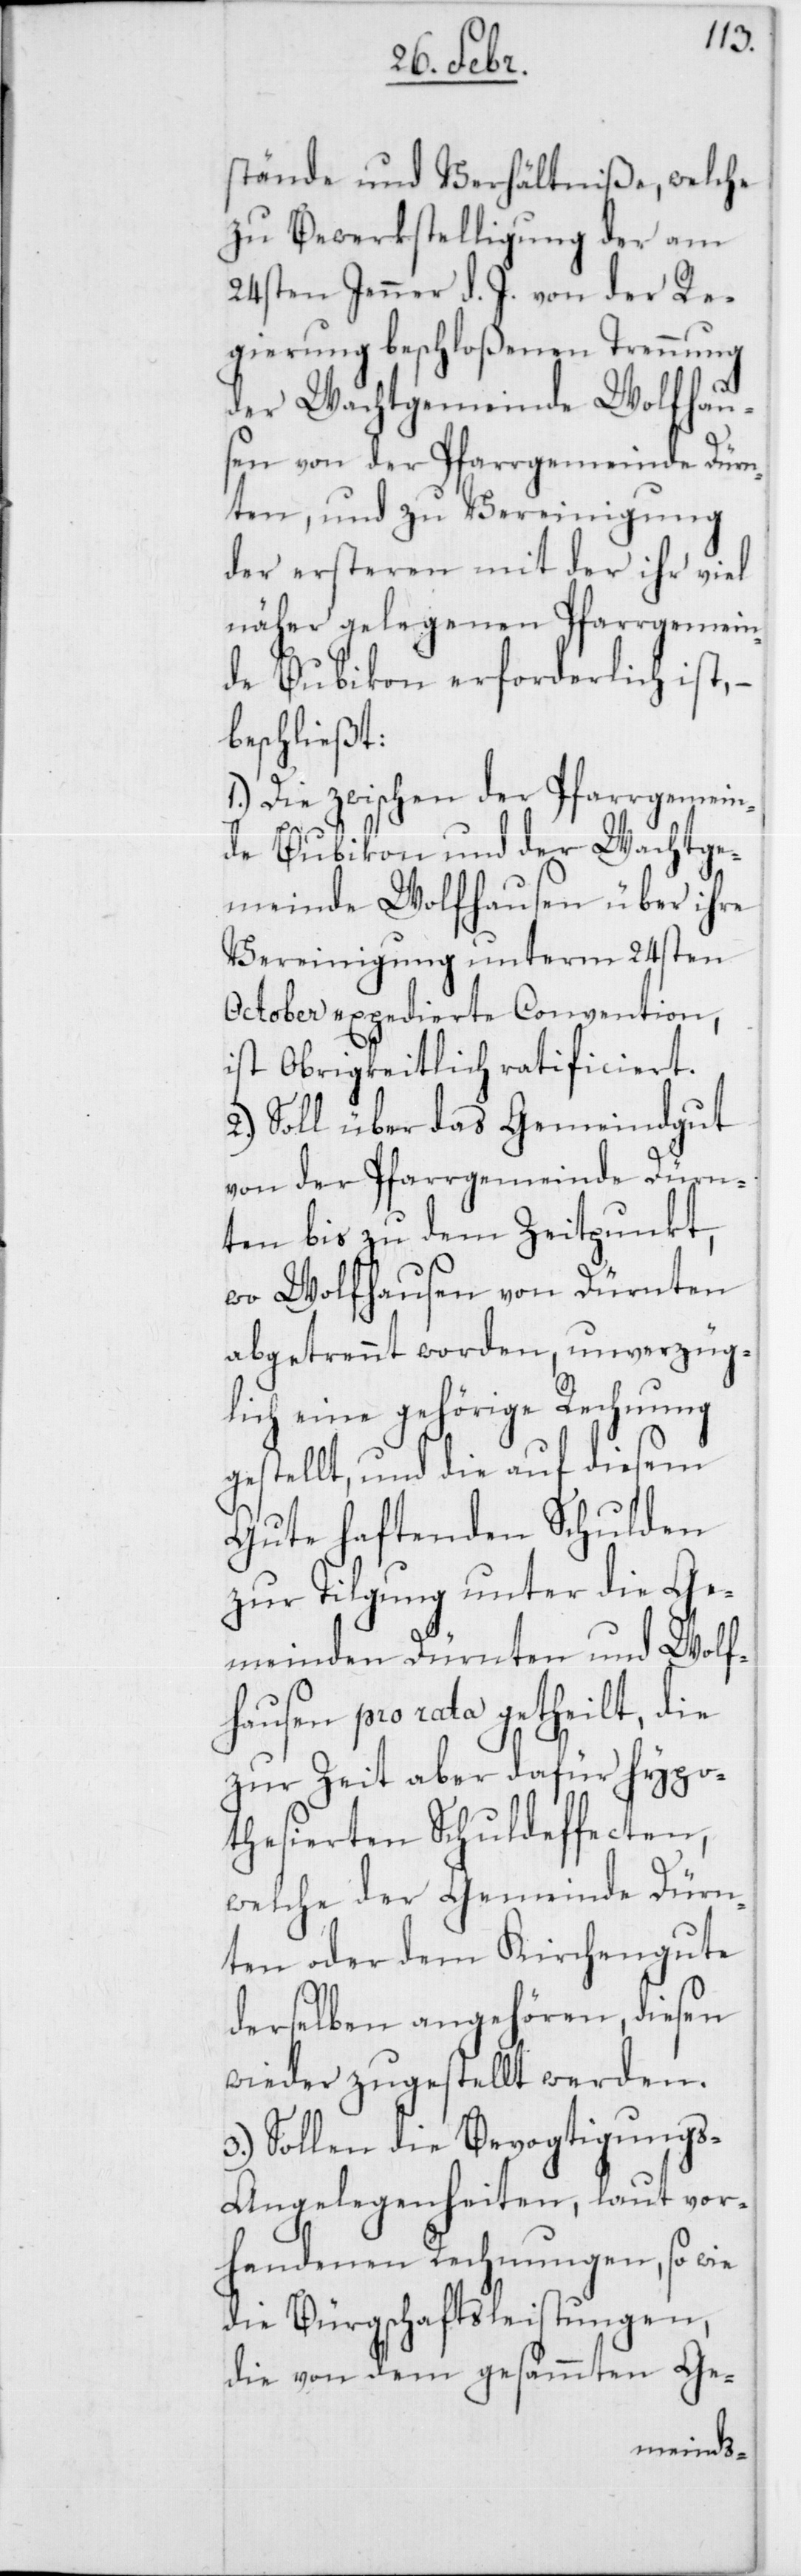
stände und Verhältniße, welche
zu Bewerkstelligung der am
24sten Jenner d. J. von der Re¬
gierung beschloßenen Trennung
der Wachtgemeinde Wolfhau¬
sen von der Pfarrgemeinde Dürn¬
ten, und zu Vereinigung
der ersteren mit der ihr viel
näher gelegenen Pfarrgemein¬
de Bubikon erforderlich ist, –
beschließt:
1.) Die zwischen der Pfarrgemein¬
de Bubikon und der Wachtge¬
meinde Wolfhausen über ihre
Vereinigung unterm 24sten
October expedierte Convention,
ist Obrigkeitlich ratificiert.
Soll über das Gemeindgut
von der Pfarrgemeinde Dürn¬
ten bis zu dem Zeitpunkt,
wo Wolfhausen von Dürnten
abgetrennt worden, unverzüg¬
lich eine gehörige Rechnung
gestellt, und die auf diesem
Gute haftenden Schulden
zur Tilgung unter die Ge¬
meinden Dürnten und Wolf¬
hausen pro rata getheilt, die
zur Zeit aber dafür hypo¬
thesierten Schuldeffecten,
welche der Gemeinde Dürn¬
ten oder dem Kirchengute
derselben angehören, diesen
wieder zugestellt werden.
3.) Sollen die Bevogtigung¬
s-Angelegenheiten, laut vor¬
handenen Rechnungen, so wie
die Bürgschaftsleistungen,
die von dem gesammten Ge-